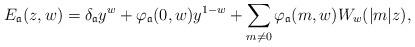
LaTeX: \begin{align*} E_\mathfrak{a} (z,w) = \delta_\mathfrak{a} y^w + \varphi_\mathfrak{a}(0,w) y^{1-w} + \sum_{m \neq 0} \varphi_\mathfrak{a} (m,w) W_w(\lvert m\rvert z),\end{align*}